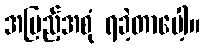
အပြည့်အစုံ ရခဲ့တာပေါ့။